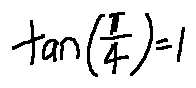
\tan ( \frac { \pi } { 4 } ) = 1